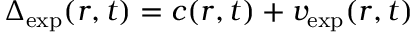
\Delta _ { \mathrm { e x p } } ( r , t ) = c ( r , t ) + v _ { \mathrm { e x p } } ( r , t )